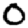
Digit: 0